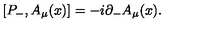
[ P _ { - } , A _ { \mu } ( x ) ] = - i { \partial } _ { - } A _ { \mu } ( x ) .